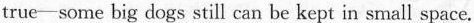
true - some big dogs still can be kept in small space.